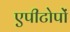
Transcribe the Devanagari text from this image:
एपीटोपों